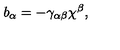
b _ { \alpha } = - \gamma _ { \alpha \beta } \chi ^ { \beta } ,